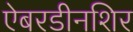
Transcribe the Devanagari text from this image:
ऐबरडीनशिर